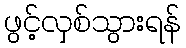
ဖွင့်လှစ်သွားရန်